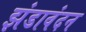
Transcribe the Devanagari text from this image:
झंडावंदन